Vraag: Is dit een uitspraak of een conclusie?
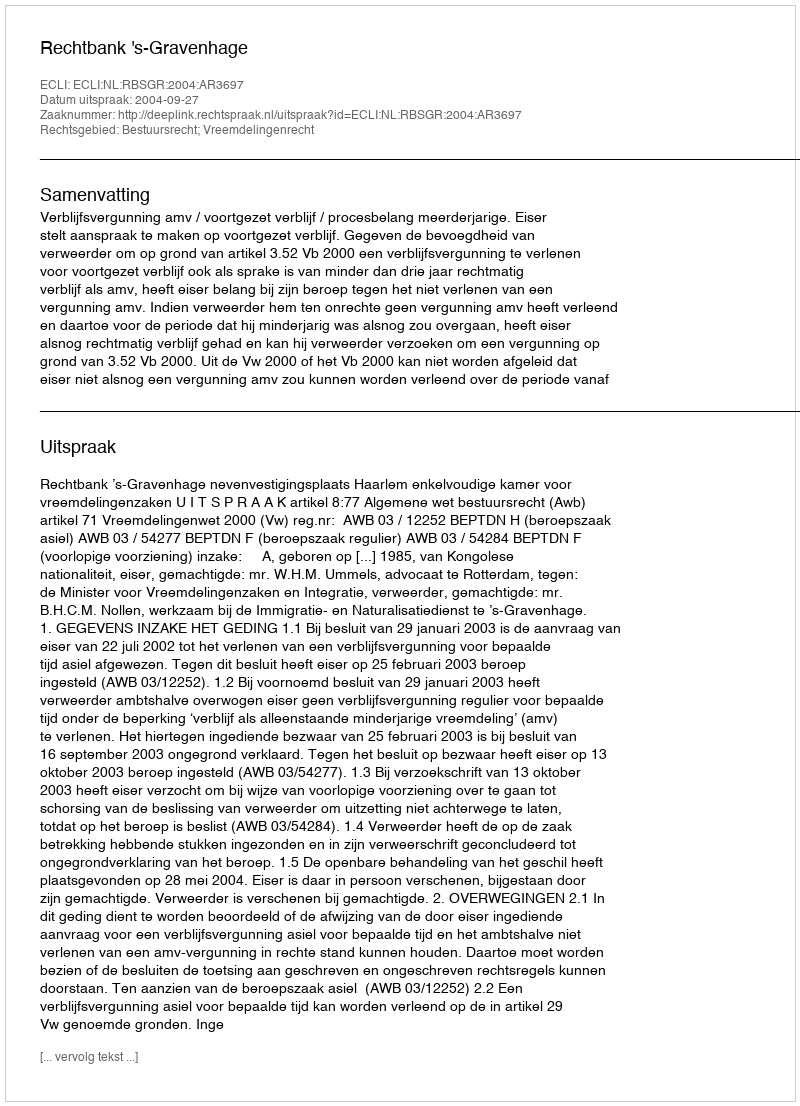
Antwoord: Uitspraak